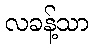
လခန့်သာ